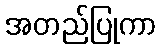
အတည်ပြုကာ